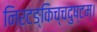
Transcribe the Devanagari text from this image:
निरटङ्किच्चदुष्टम्।